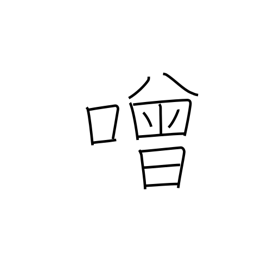
Meaning: boisterous